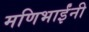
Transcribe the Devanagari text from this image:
मणिभाईंनी